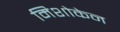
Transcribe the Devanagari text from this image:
मिशोकेन